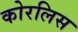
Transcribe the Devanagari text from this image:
कोरलिस